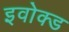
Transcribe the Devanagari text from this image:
इवोक्ड